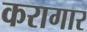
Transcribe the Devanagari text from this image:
करागार